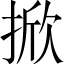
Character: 掀